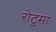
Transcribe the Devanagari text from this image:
रोटुमा